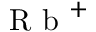
\mathrm { ~ R ~ b ~ } ^ { + }